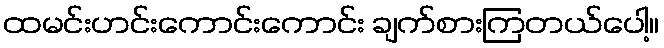
ထမင်းဟင်းကောင်းကောင်း ချက်စားကြတယ်ပေါ့။